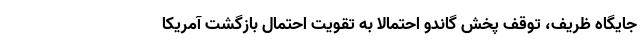
جایگاه ظریف، توقف پخش گاندو احتمالا به تقویت احتمال بازگشت آمریکا